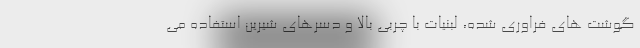
گوشت های فراوری شده، لبنیات با چربی بالا و دسرهای شیرین استفاده می